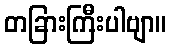
တခြားကြီးပါဗျာ။